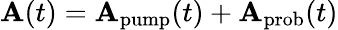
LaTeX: \mathbf{A}(t)=\mathbf{A}_{\textrm{pump}}(t)+\mathbf{A}_{\textrm{prob}}(t)